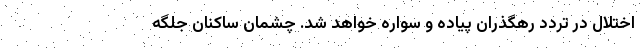
اختلال در تردد رهگذران پیاده و سواره خواهد شد. چشمان ساکنان جلگه